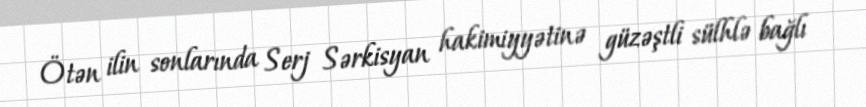
Ötən ilin sonlarında Serj Sərkisyan hakimiyyətinə güzəştli sülhlə bağlı